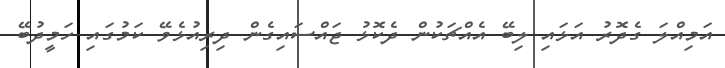
އަމިއްލަ ގެދޮރު އަޅައި ލިބޭ އެއްޗަކުން ދެކޮޅު ޖައްސައިގެން ދިިރިއުޅެވޭ ކަމުގައި ހަމީދުބޭ